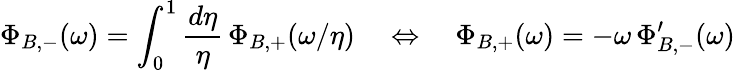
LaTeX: \Phi_{B,-}(\omega)=\int_{0}^{1}\frac{d\eta}{\eta}\, \Phi_{B,+}(\omega/\eta)\quad\Leftrightarrow\quad\Phi_{B,+}(\omega)=-\omega\, \Phi_{B,-}^{\prime}(\omega)